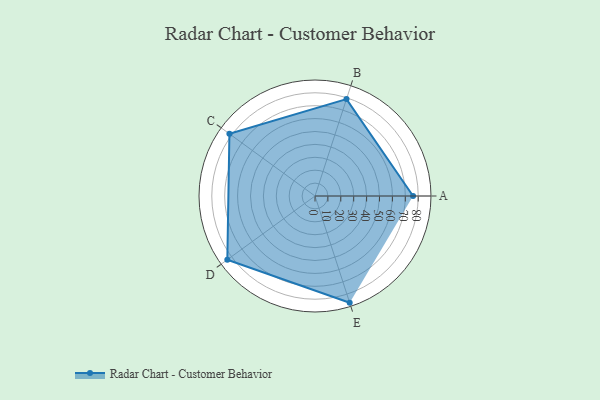
{"axis": {"x": "Skill", "y": "Score"}, "legend": ["Profile"], "data": [{"x": "A", "y": 76.0, "type": "Profile"}, {"x": "B", "y": 79.0, "type": "Profile"}, {"x": "C", "y": 82.0, "type": "Profile"}, {"x": "D", "y": 84.0, "type": "Profile"}, {"x": "E", "y": 87.0, "type": "Profile"}]}